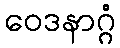
ဝေဒနာဂ္ဂံ